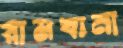
রামখানা